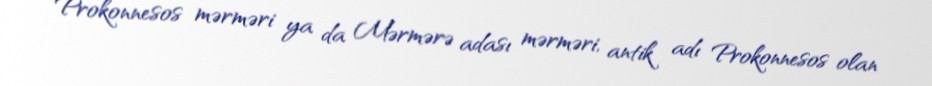
Prokonnesos mərməri ya da Mərmərə adası mərməri, antik adı Prokonnesos olan